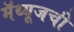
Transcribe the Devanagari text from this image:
मॅथ्यूजची